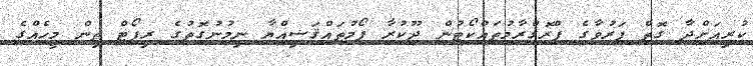
ކުރިއަށްދާ ގޮތް ފަރުވާގެ ޕްރޮގްރާމުތައްކޯޓުން ދޫކުރާ ފޯމުތައްޤަޟިއްޔާ ނިމުނުގޮތުގެ ރިޕޯޓް ތިން މީހެއްގެ